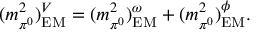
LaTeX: ( m _ { \pi ^ { 0 } } ^ { 2 } ) _ { \mathrm { E M } } ^ { V } = ( m _ { \pi ^ { 0 } } ^ { 2 } ) _ { \mathrm { E M } } ^ { \omega } + ( m _ { \pi ^ { 0 } } ^ { 2 } ) _ { \mathrm { E M } } ^ { \phi } .